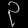
Digit: ၃